Report of the King Institute of Preventive Medicine, Guindy
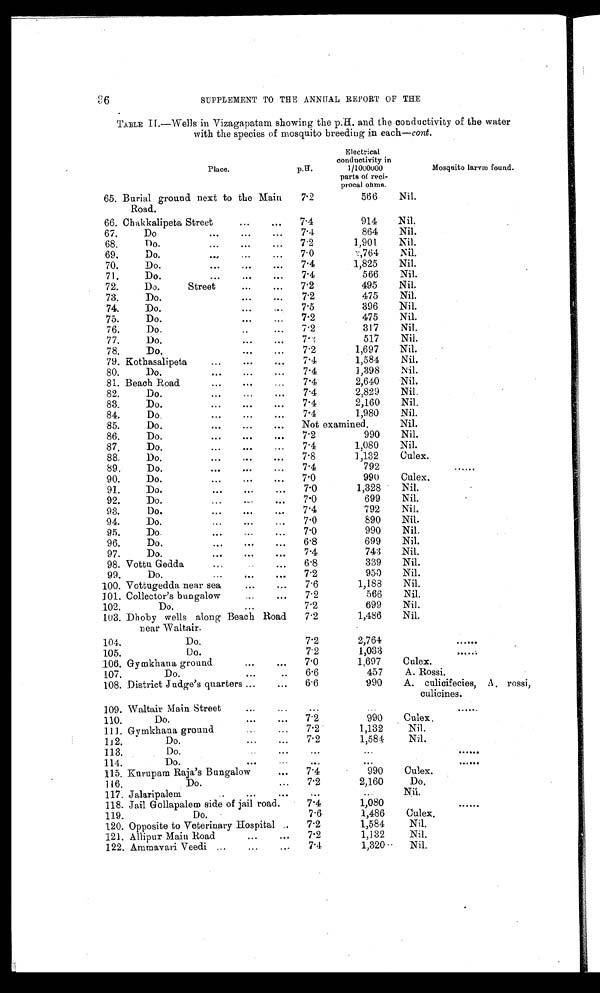
SUPPLEMENT TO THE ANNUAL REPORT OF THE
TABLE II-Wells in Vizagapatam showing the p.H. and the conductivity of the water
with the species of mosquito breeding in each—cont.
Place.
p.H.
Electrical
conductivity in
1/l000000
parts of reci-
procal ohms.
Mosquito larva found.
65. Burial ground next to the Main
Road.
7.2
566
Nil.
66. Chakkalipeta Street
...
...
7.4
914
Nil.
67.
Do
7 . 4
864
Nil.
68,
Do.
...
... ..
7.2
1,901
Nil.
69.
Do.
.... . . .
. . .
7.0
2,764
Nil.
70.
Do.
7 . 4
1,825
Nil.
71.
Do.
...
...
. . .
7.4
566
Nil.
72.
Do.
Street
...
...
7.2
495
Nil.
73.
Do.
...
...
7.2
475
Nil.
74.
Do.
...
7.5
396
Nil.
75.
Do.
...
. . .
7.2
475
Nil.
76.
Do..
...
.
7.2
317
Nil.
77.
Do.
...
...
7 . 3
517
Nil.
78.
Do.
...
,..
7.2
1,697
Nil.
79. Kothasalipeta
...
...
...
7.4
1,584
Nil.
80.
D o .
7.4
1,398
Nil.
81. Beach Road.
7.4
2,640
Nil.
82.
Do.
•••
0 .•
4•1
7.4
2,829
Nil.
83.
Do.
7.4
2,160
Nil.
84.
Do.
7.4
1,980
Nil.
85.
Do.
...
...
... Not examined
Nil.
86.
Do.
7.2
990
Nil.
87.
Do.
7.4
1,080
Nil.
88.
Do.
...
...
. . .
7.8
1,132
Culex.
89.
Do.
... ...
. . .
7.4
792
. . . .
90.
Do.
7.0
990
Culex.
91.
Do.
7.0
1,328
Nil.
92.
Do.
7.0
699
Nil.
98.
Do.
7.4
792
Nil.
94.
Do.
7.0
890
Nil.
95.
Do.
7.0
990
Nil.
96.
Do.
6.8
699
Nil.
97.
Do.
...
...
. . . .
7.4
743
Nil.
98. Vottu Gedda
6.8
339
Nil.
99.
Do.
...
...
. . .
7.2
950
Nil.
100. Vottugedda near sea
...
...
7.6
1,188
Nil.
101. Collector's bungalow
...
...
7.2
566
Nil.
102.
Do.
...
7.2
699
Nil.
103. Dhoby wells along Beach Road
near Waltair.
7.2
1,486
Nil.
104.
Do.
7.2
2,764
......
105.
Do.
7.2
1,033
. . . . . .
106. Gymkhana ground
...
...
7.0
1,697
Culex.
107.
Do.
9••
..
6.6
457
A. Rossi.
108. District Judge's quarters ...
...
6.6
990
A. culicifecies, A. rossi,
culicines.
109. Waltair Main Street
...
...
...
...
......
110.
Do.
...
...
7.2
990
Culex.
111. Gymkhana ground
...
7.2
1,132
Nil.
112.
Do.
...
...
7.2
1,584
Nil.
11 3.
Do.
. . .
. . .
...
......
11 4 .
Do.
. . . .
. . .
......
115. Kurupam Raja's Bungalow
..,
7.4
990
Culex.
116.
Do.
...
7.2
2,160
Do.
11 7 . Jalaripalem
..
... ...
. . .
....
Nil.
118. Jail Gollapalem side of jail road.
7.4
1,080
......
119.
Do.
7.6
1,486
Culex.
120. Opposite to Veterinary Hospital ..
7.2
1,584
Nil.
121. Allipur Main Road
...
...
7.2
1,132
Nil.
122. Ammavari Veedi ....
...
...
7.4
1,320
Nil.